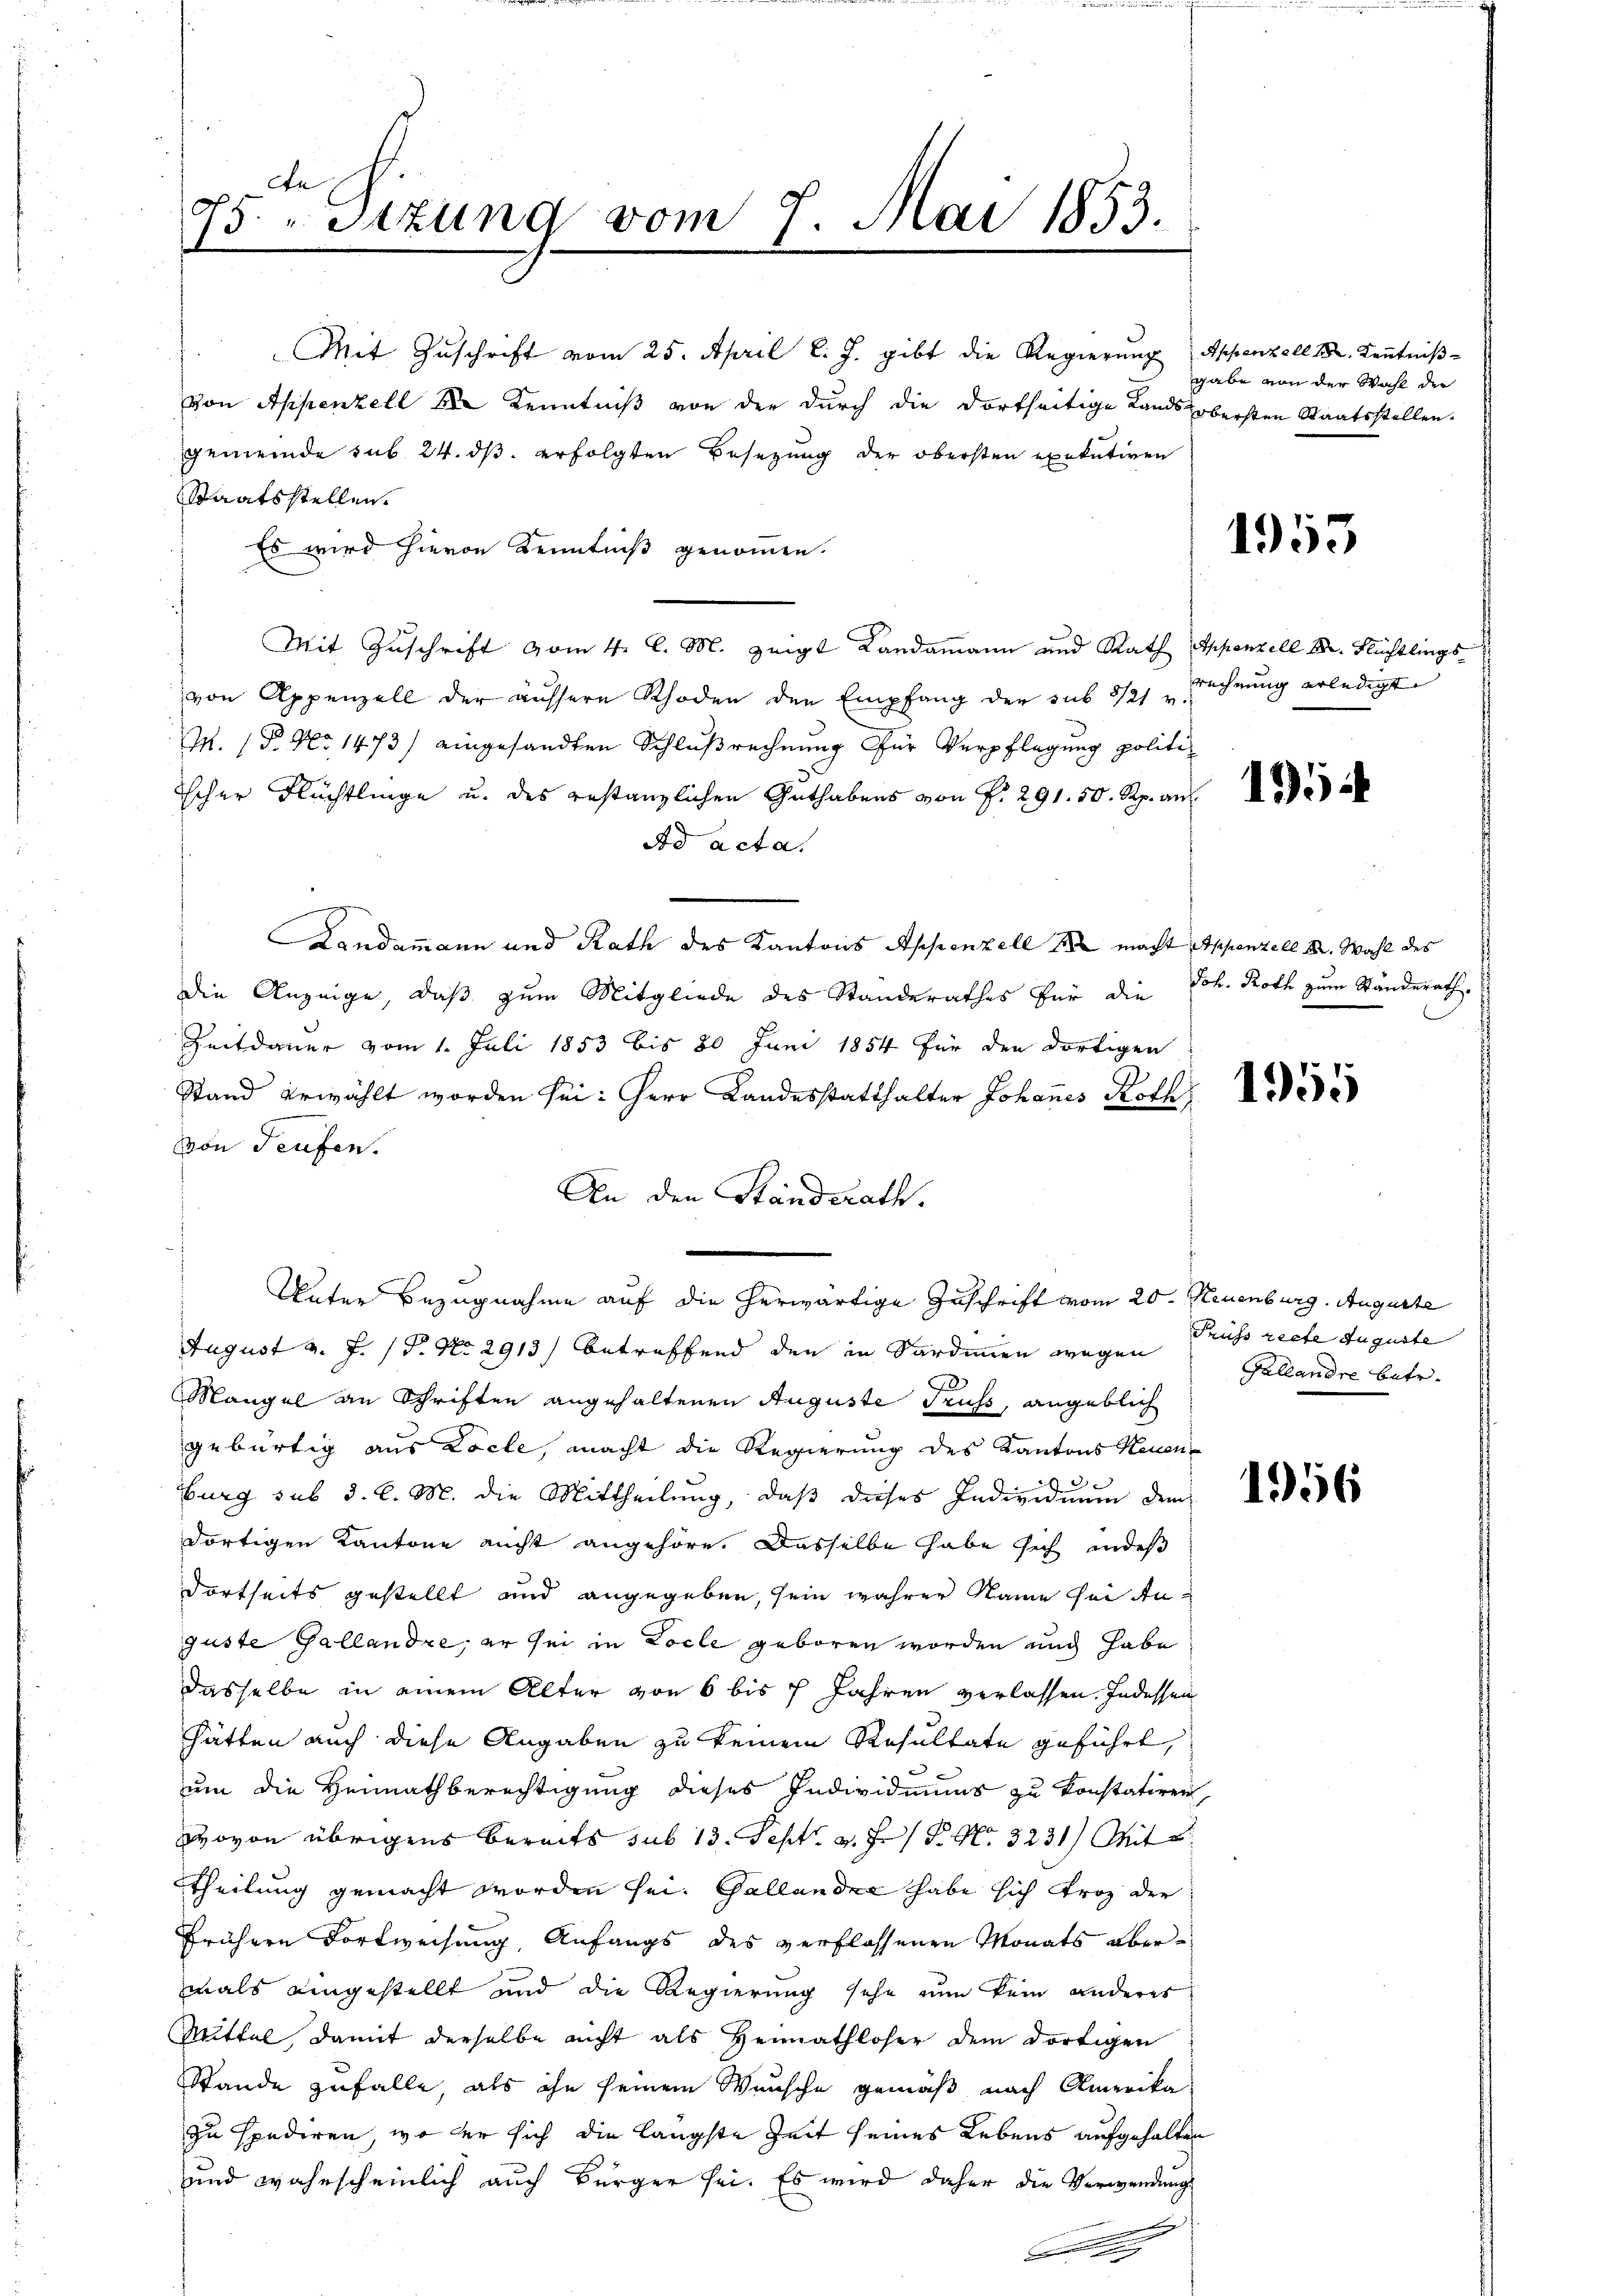
An
95. " Sitzung vom 7. Mai 1853.
¬

Mit Zuschrift vom 25. April l. J. gibt die Regierung Appenzell 182. Kenntniß
von Appenzell 2 Kenntniß von der durch die dortseitige Lands obersten Staatsstellen.
gemeinde sub 24. ds. erfolgten Besetzung der obersten exekutiven
Staatsstellen.
Es wird hievon Kenntniß genommen.
Mit Zuschrift vom 4. l. M. zeigt Landammann und Rath Eppenzell A. Flüchtlings
von Appenzell der aussere Rhoden den Empfang der sub 3/21 v.
M. P. Nr. 1473/ eingesandten Schlußrechnung für Verpflegung politiicher Flüchtlinge u. des gestanzlichen Guthabens von P. 291. 50. Rp. an
Ad acta.
Landammann und Rath des Kantons Appenzell 18 macht Appenzell M. Wahl des
die Anzeige, daß zum Mitgliede des Standerathes für die Joh. Roth zum Standerath,
Zeitdauer vom 1. Juli 1853 bis 80 Juni 1854 für den dortigen
Stand erwählt worden sei: Herr Landesstatthalter Johannes Roth
von Teufen.
An den Standerath.
August v. J. (T. No. 2913) betreffend den in Sardinien wegen Pruss reche Auguste
Mangel an Schriften angehaltenen Auguste Gruss, angeblich
gebürtig aus Locle, macht die Regierung des Kantons Neuen-
2
burg sub d. d. M. die Mittheilung, daß dieses Individuum dem
dortigen Kantone nicht angehöre. Dasselbe habe sich indes
dortseits gestellt und angegeben, sein wahrer Name sei Anguste Gallandre, er sei in Locle geboren worden und habe
dasselbe in einem Alter von 6 bis 7 Jahren verlassen. Indessen
hätten auch diese Angaben zu keinem Resultate geführt,
um die Heimathberechtigung dieses Individuums zu konstatiren,
Wovon übrigens bereits sub 13. Sept. a. F. P. Nr. 3231) Mit
Theilung gemacht worden sei. Gallander habe sich Froz der
frühere Fortweisung, Anfangs des verflossenen Monats übermals eingestellt und die Regierung sehe nun kein anderes
Mittel, damit derselbe nicht als Heimathloser dem dortigen
Stande zufalle, als ihn seinem Wunsche gemäß nach Amerika
zu spediren, wo der sich die längste Zeit seines Lebens aufgehalten
und wahrscheinlich auch Bürger sei. Es wird daher die Verwendung
.
.

Unter Bezugnahme auf die herwärtige Zuschrift vom 20. Neuenburg. Auguste

gabe von der Wahl der

1953

rechnung erledigt.

195

1955

Gallandre betr.

1956